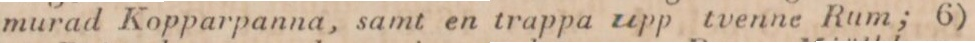
murad Kopparpanna, samt en trappa upp tvenne Rum; 6)